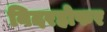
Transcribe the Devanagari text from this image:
निदरहोफर